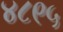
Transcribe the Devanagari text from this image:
४८९५